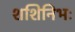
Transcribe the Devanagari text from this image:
शशिनिभः